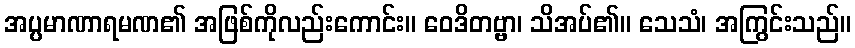
အပ္ပမာဏာရမဏ၏ အဖြစ်ကိုလည်းကောင်း။ ဝေဒိတဗ္ဗာ၊ သိအပ်၏။ သေသံ၊ အကြွင်းသည်။